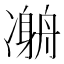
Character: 𠘇